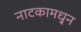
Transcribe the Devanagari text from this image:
नाटकामधु्न